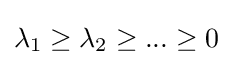
\lambda _{1}\geq \lambda _{2}\geq ...\geq 0